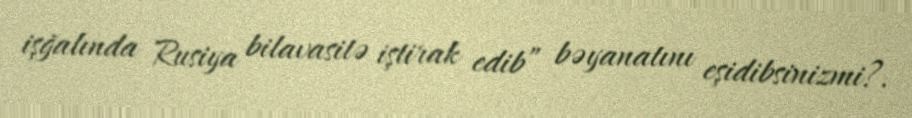
işğalında Rusiya bilavasitə iştirak edib” bəyanatını eşidibsinizmi?.